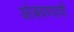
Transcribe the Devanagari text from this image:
आंबवण्याची